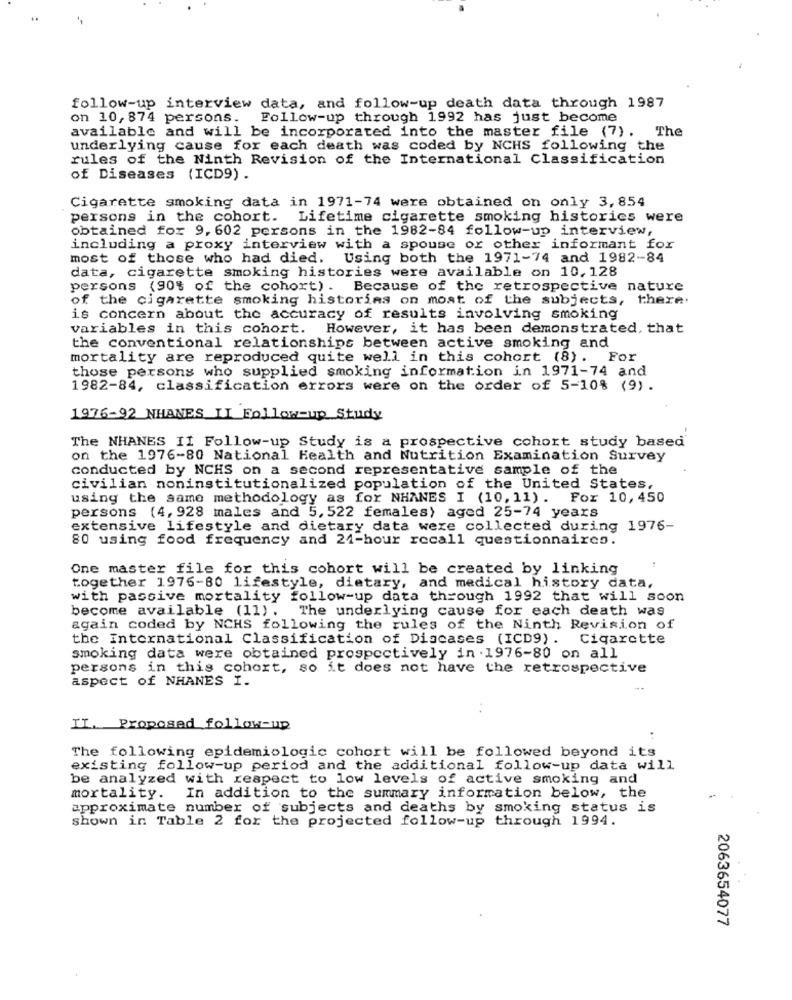
follow-up interview data, and follow-up death data through 1987
on 10,874 persons.
Follow-up through 1992 has just become
available and will be incorporated into the master file (7) . The
underlying cause for each death was coded by NCHS following the
rules of the Ninth Revision of the International Classification
of Diseases (ICD9) .
Cigarette smoking data in 1971-74 were obtained on only 3,854
persons in the cohort.
Lifetime cigarette smoking historics were
obtained for 9, 602 persons in the 1982-84 follow-up interview,
including a proxy interview with a spouse or other informant for
most of those who had died. Using both the 1971-74 and 1982-84
data, cigarette smoking histories were available on 10, 128
persons (90% of the cohort). Because of the retrospective nature
of the cigarette smoking historias on most of the subjects, there.
is concern about the accuracy of results involving smoking
variables in this cohort. However, it has been demonstrated, that
the conventional relationships between active smoking and
mortality are reproduced quite well in this cohort (8). For
those persons who supplied smoking information in 1971-74 and
1982-84, classification errors were on the order of 5-10% (9).
1976-92 NHANES II Follow-up Study
The NHANES II Follow-up Study is a prospective cohort study based
on the 1976-80 National Health and Nutrition Examination Survey
conducted by NCHS on a second representative sample of the
civilian noninstitutionalized population of the United States,
using the same methodology as for NHANES I (10, 11) . For 10, 450
persons (4, 928 males and 5, 522 females) aged 25-74 years
extensive lifestyle and dietary data were collected during 1976-
80 using food frequency and 24-hour recall questionnaires.
One master file for this cohort will be created by linking
together 1976-80 lifestyle, dietary, and medical history data,
with passive mortality follow-up data through 1992 that will soon
become available (11). The underlying cause for each death was
again coded by NCHS following the rules of the Ninth Revision of
the International Classification of Diseases (ICD9). Cigarette
smoking data were obtained prospectively in .1976-80 on all
persons in this cohort, so it does not have the retrospective
aspect of NHANES I.
II. Proposed follow-up
The following epidemiologic cohort will be followed beyond its
existing follow-up period and the additional follow-up data will
be analyzed with respect to low levels of active smoking and
mortality.
In addition to the summary information below, the
approximate number of subjects and deaths by smoking status is
shown in Table 2 for the projected follow-up through 1994.
2063654077